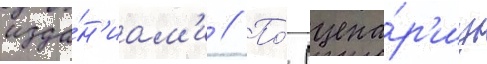
изда́н'иам'и // По́ сцена́р'иу